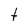
Character: t